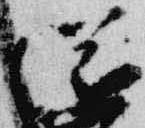
滋